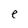
Character: e